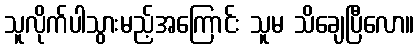
သူလိုက်ပါသွားမည့်အကြောင်း သူမ သိချေပြီလော။